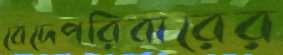
বেদেপরিবারের